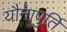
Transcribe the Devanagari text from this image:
यौनापुर्ति